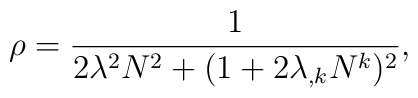
\rho = \frac{1}{2\lambda^2N^2 + (1+2\lambda_{,k}N^k)^2},